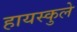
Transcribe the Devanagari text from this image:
हायस्कुले